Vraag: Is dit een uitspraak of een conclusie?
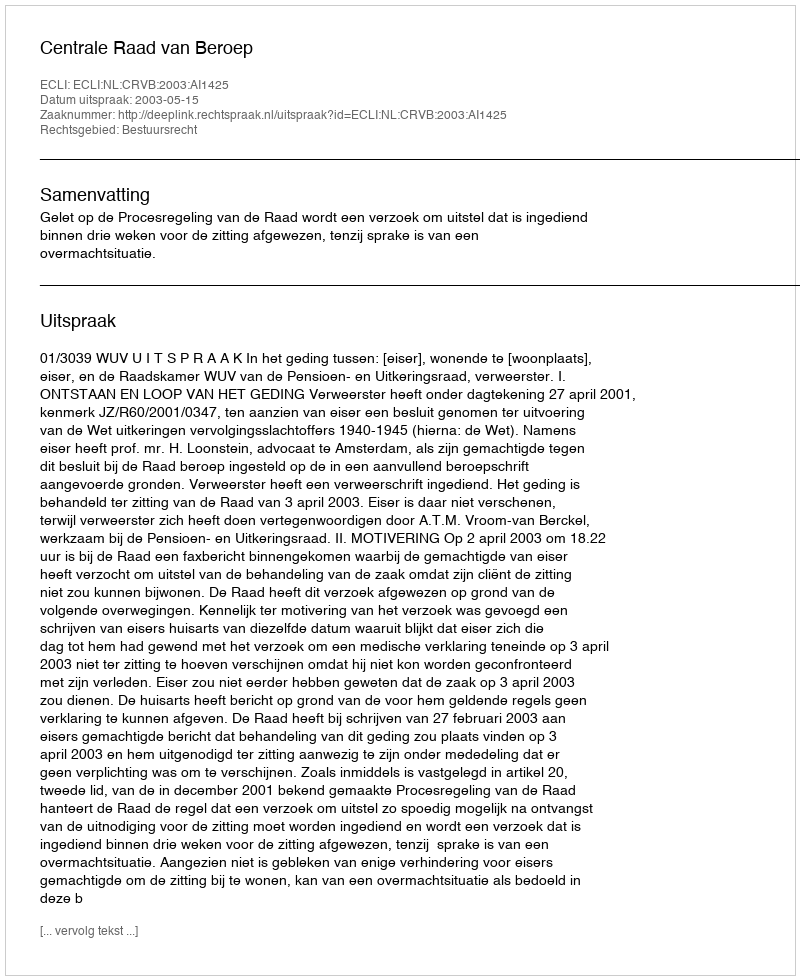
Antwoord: Uitspraak